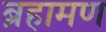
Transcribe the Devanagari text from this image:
ब्रहामण